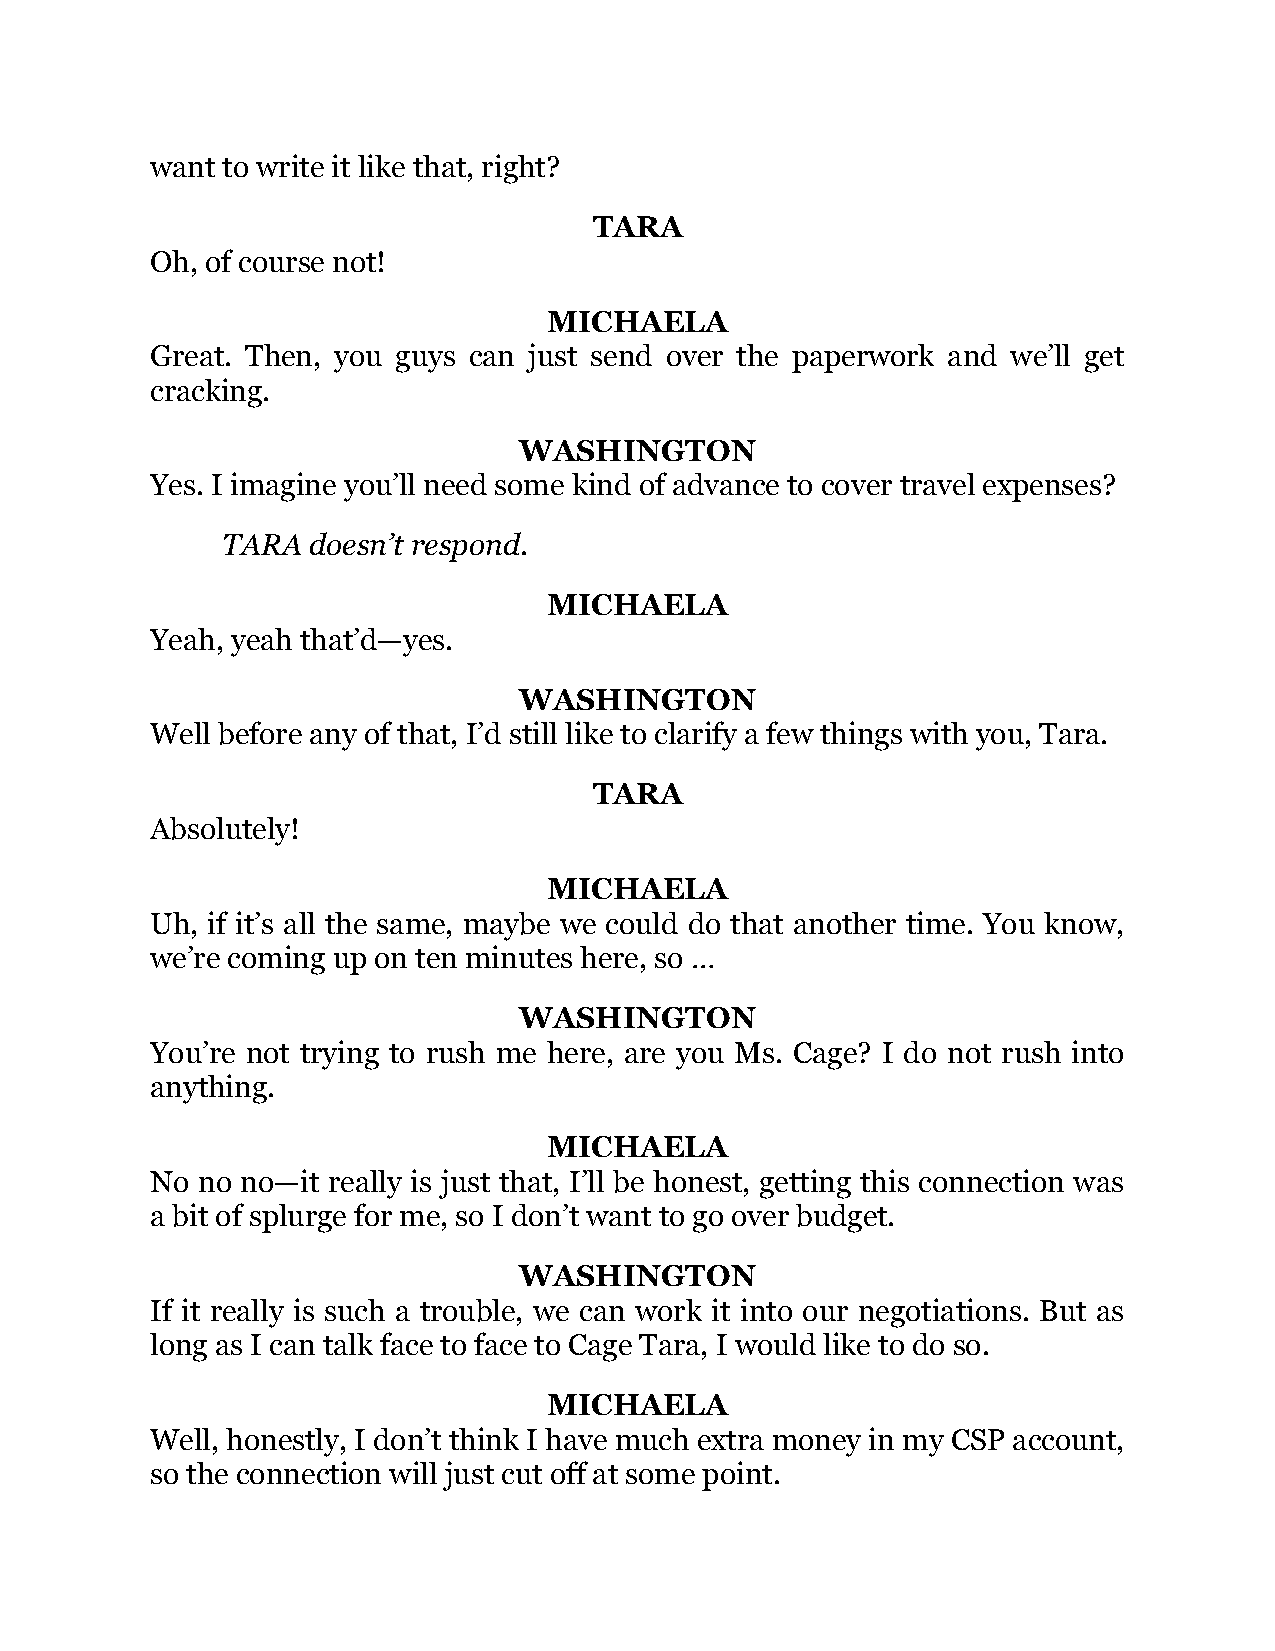
want to write it like that, right?
 TARA
 Oh, of course not!
 MICHAELA
 Great. Then, you guys can just send over the paperwork and we’ll get
 cracking.
 WASHINGTON
 Yes. I imagine you’ll need some kind of advance to cover travel expenses?
 TARA doesn’t respond.
 MICHAELA
 Yeah, yeah that’d—yes.
 WASHINGTON
 Well before any of that, I’d still like to clarify a few things with you, Tara.
 TARA
 Absolutely!
 MICHAELA
 Uh, if it’s all the same, maybe we could do that another time. You know,
 we’re coming up on ten minutes here, so …
 WASHINGTON
 You’re not trying to rush me here, are you Ms. Cage? I do not rush into
 anything.
 MICHAELA
 No no no—it really is just that, I’ll be honest, getting this connection was
 a bit of splurge for me, so I don’t want to go over budget.
 WASHINGTON
 If it really is such a trouble, we can work it into our negotiations. But as
 long as I can talk face to face to Cage Tara, I would like to do so.
 MICHAELA
 Well, honestly, I don’t think I have much extra money in my CSP account,
 so the connection will just cut off at some point.